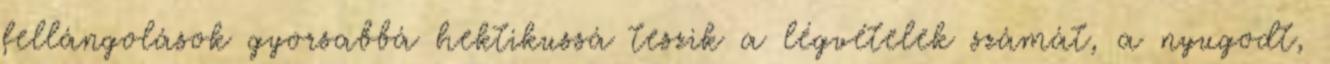
fellángolások gyorsabbá hektikussá teszik a légvételek számát, a nyugodt,